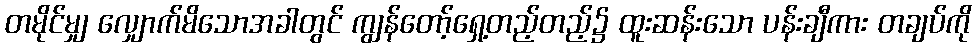
တမိုင်မျှ လျှောက်မိသောအခါတွင် ကျွန်တော့်ရှေ့တည့်တည့်၌ ထူးဆန်းသော ပန်းချီကား တချပ်ကို